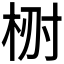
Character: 𣑗